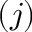
( j )